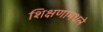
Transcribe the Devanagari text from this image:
शिक्षणामधले